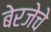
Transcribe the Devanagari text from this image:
बेरजेचे